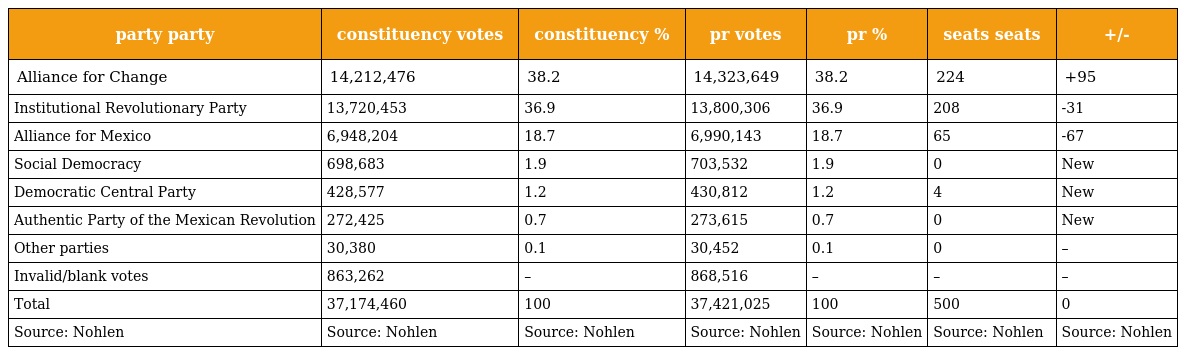
| party party | constituency votes | constituency % | pr votes | pr % | seats seats | +/- |
 | --- | --- | --- | --- | --- | --- | --- |
 | Alliance for Change | 14,212,476 | 38.2 | 14,323,649 | 38.2 | 224 | +95 |
 | Institutional Revolutionary Party | 13,720,453 | 36.9 | 13,800,306 | 36.9 | 208 | -31 |
 | Alliance for Mexico | 6,948,204 | 18.7 | 6,990,143 | 18.7 | 65 | -67 |
 | Social Democracy | 698,683 | 1.9 | 703,532 | 1.9 | 0 | New |
 | Democratic Central Party | 428,577 | 1.2 | 430,812 | 1.2 | 4 | New |
 | Authentic Party of the Mexican Revolution | 272,425 | 0.7 | 273,615 | 0.7 | 0 | New |
 | Other parties | 30,380 | 0.1 | 30,452 | 0.1 | 0 | – |
 | Invalid/blank votes | 863,262 | – | 868,516 | – | – | – |
 | Total | 37,174,460 | 100 | 37,421,025 | 100 | 500 | 0 |
 | Source: Nohlen | Source: Nohlen | Source: Nohlen | Source: Nohlen | Source: Nohlen | Source: Nohlen | Source: Nohlen |